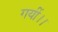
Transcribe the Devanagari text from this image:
गयीं।।